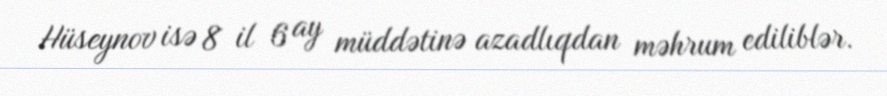
Hüseynov isə 8 il 6 ay müddətinə azadlıqdan məhrum ediliblər.